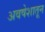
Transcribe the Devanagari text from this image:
अवषेशातून